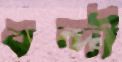
বন্দী